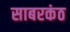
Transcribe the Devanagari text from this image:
साबरकंठ